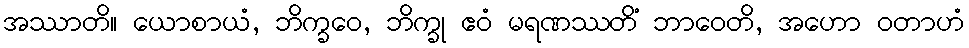
အဿာတိ။ ယောစာယံ, ဘိက္ခဝေ, ဘိက္ခု ဧဝံ မရဏဿတိံ ဘာဝေတိ, အဟော ဝတာဟံ